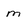
Character: m